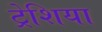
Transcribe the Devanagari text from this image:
ट्रेशिया